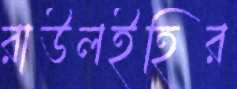
রাউলইহির